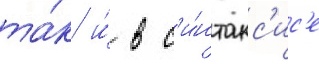
та́к и́ в с'и́нтакс'ис'е